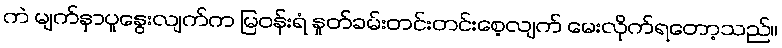
ကဲ မျက်နှာပူနွေးလျက်က မြဝန်းရံ နှုတ်ခမ်းတင်းတင်းစေ့လျက် မေးလိုက်ရတော့သည်။